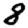
Digit: 8